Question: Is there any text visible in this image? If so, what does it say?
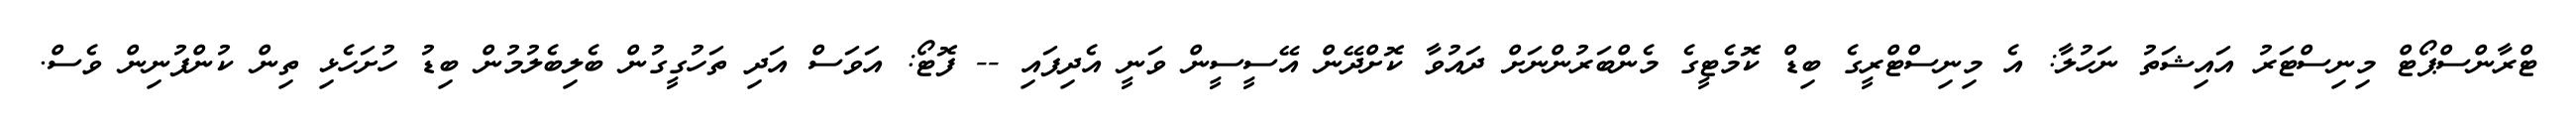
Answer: ޓްރާންސްޕޯޓް މިނިސްޓަރު އައިޝަތު ނަހުލާ: އެ މިނިސްޓްރީގެ ބިޑް ކޮމެޓީގެ މެންބަރުންނަށް ދައުވާ ކޮށްދޭން އޭސީސީން ވަނީ އެދިފައި -- ފޮޓޯ: އަވަސް އަދި ތަހުގީގުން ބެލިބެލުމުން ބިޑު ހުށަހެޅި ތިން ކުންފުނިން ވެސް.